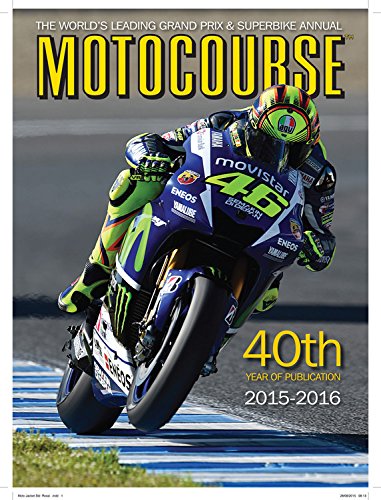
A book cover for Motocourse 2015-2016: The World's Leading Grand Prix & Superbike Annual - 40th Year of Publication; Arts & Photography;